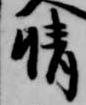
晴